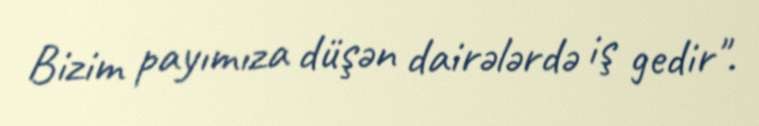
Bizim payımıza düşən dairələrdə iş gedir".